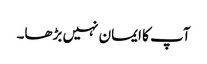
آپ کا ایمان نہیں بڑھا۔